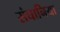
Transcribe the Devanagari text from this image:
संघानिया